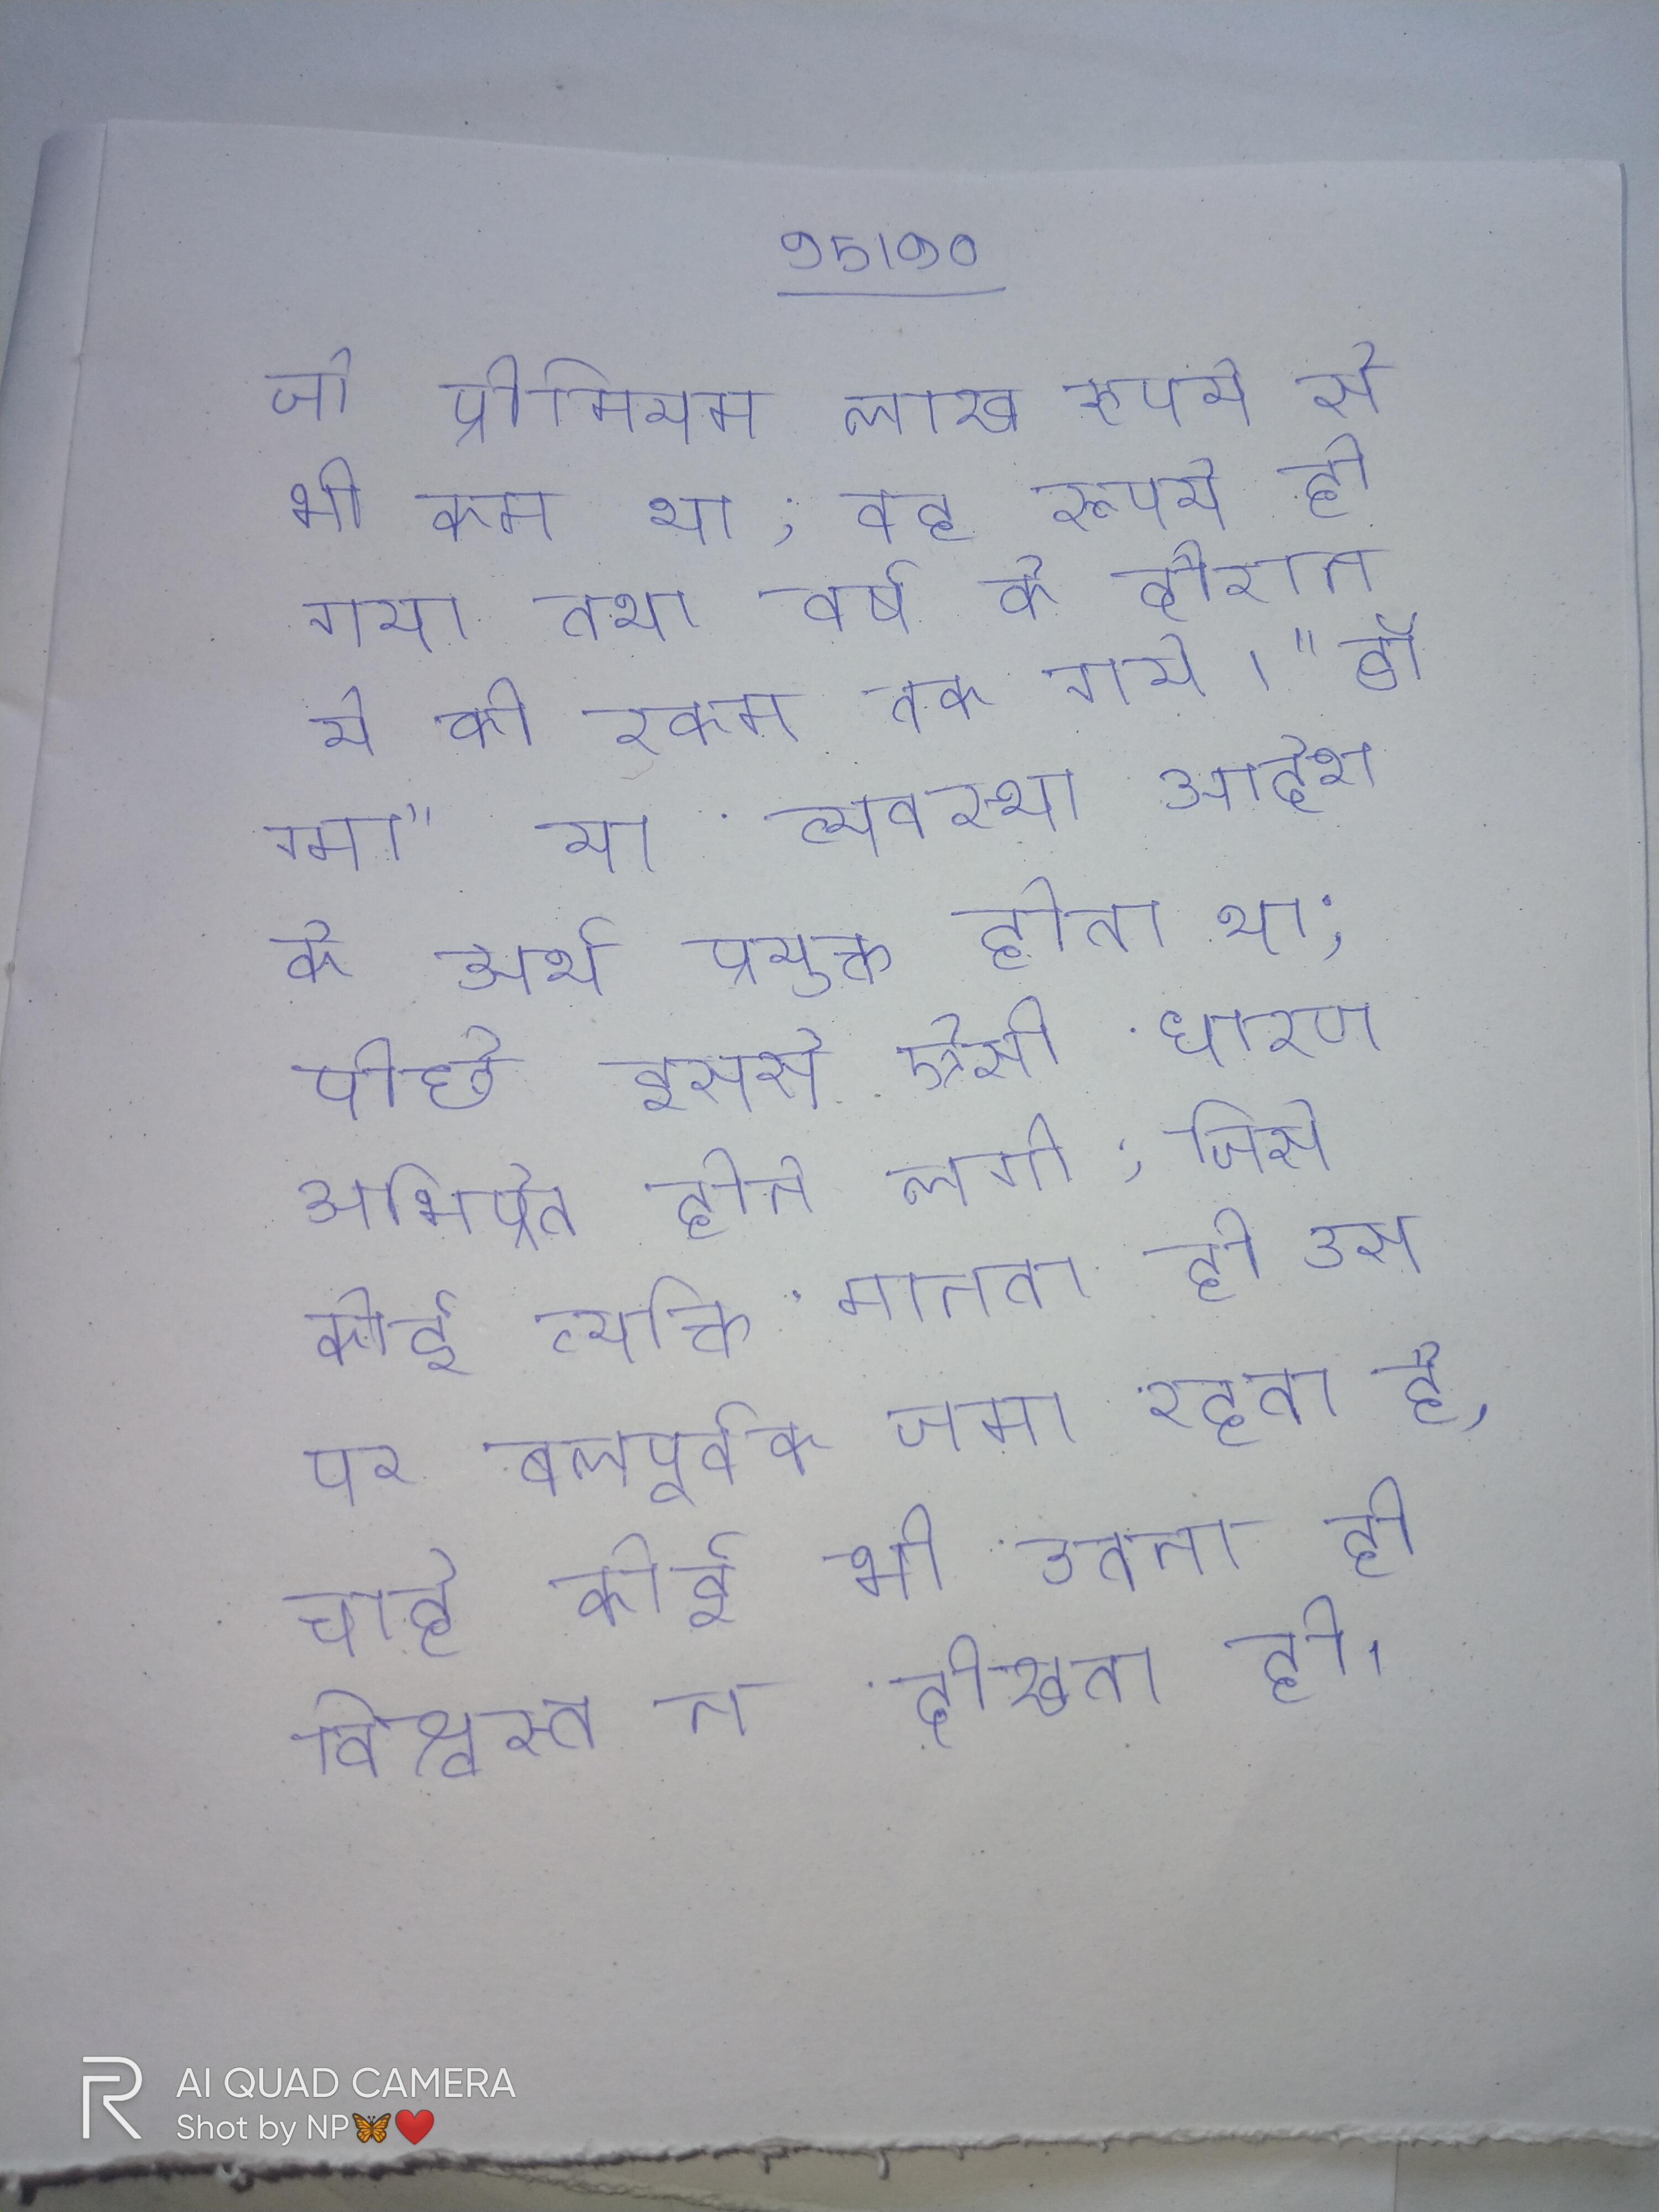
जो प्रीमियम लाख रूपये से भी कम था, वह रूपये हो गया तथा वर्ष के दौरान ये की रकम तक गये । "डॉग्मा" या व्यवस्था आदेश के अर्थ प्रयुक्त होता था; पीछे इससे ऐसी धारण अभिप्रेत होने लगी, जिसे कोई व्यक्ति मानता ही उस पर बलपूर्वक जमा रहता है, चाहे कोई भी उतना ही विश्वस्त न दीखता हो ।